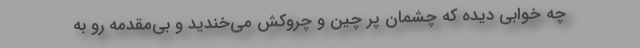
چه خوابی دیده که چشمان پُر چین و چروکش می‌خندید و بی‌مقدمه رو به